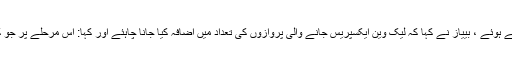
سیاحت کے لئے رسائیاں سب سے اہم عنصر کی حیثیت سے بیان کرتے ہوئے ، بییاز نے کہا کہ لیک وین ایکسپریس جانے والی پروازوں کی تعداد میں اضافہ کیا جانا چاہئے اور کہا: اس مرحلے پر جو کچھ کرنے کی ضرورت ہے وہی ہے جیسے میں پہلے بیانات میں تھا۔